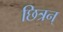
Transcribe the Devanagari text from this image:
छित्रन्